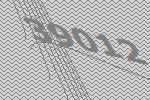
39012